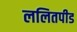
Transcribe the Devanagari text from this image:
ललितपीड